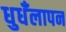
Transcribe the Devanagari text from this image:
धुधँलापन